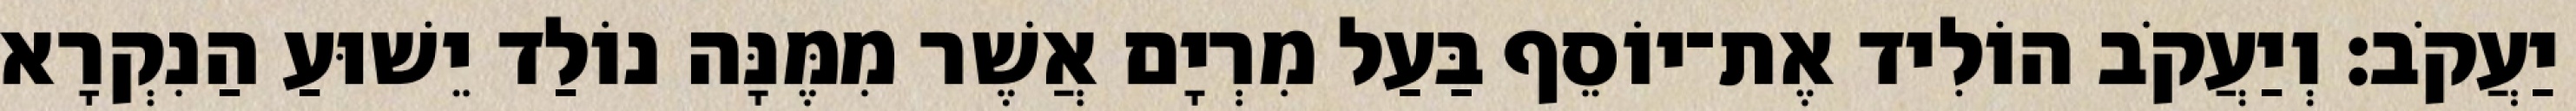
יַעֲקֹב׃ וְיַעֲקֹב הוֹלִיד אֶת־יוֹסֵף בַּעַל מִרְיָם אֲשֶׁר מִמֶּנָּה נוֹלַד יֵשׁוּעַ הַנִקְרָא